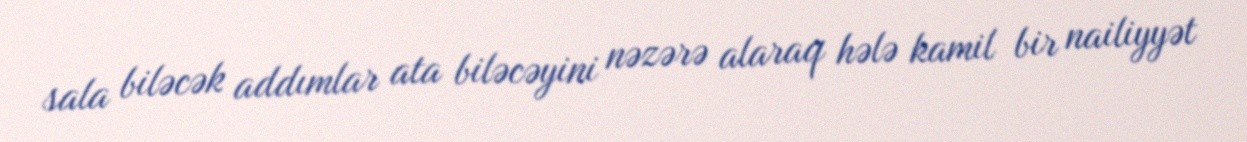
sala biləcək addımlar ata biləcəyini nəzərə alaraq hələ kamil bir nailiyyət